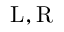
\mathrm { L } , \mathrm { R }